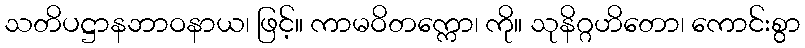
သတိပဋ္ဌာနဘာဝနာယ၊ ဖြင့်။ ကာမဝိတက္ကော၊ ကို။ သုနိဂ္ဂဟိတော၊ ကောင်းစွာ